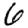
Digit: 6